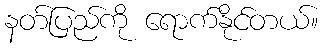
နတ်ပြည်ကို ရောက်နိုင်တယ်။